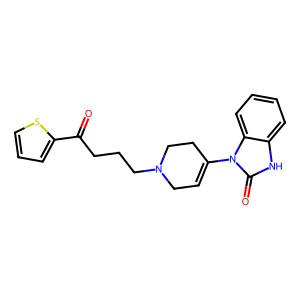
SMILES: O=C(CCCN1CC=C(n2c(=O)[nH]c3ccccc32)CC1)c1cccs1
Inhibits HIV replication: No